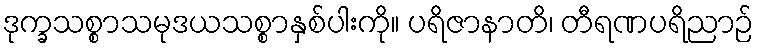
ဒုက္ခသစ္စာသမုဒယသစ္စာနှစ်ပါးကို။ ပရိဇာနာတိ၊ တီရဏပရိညာဉ်